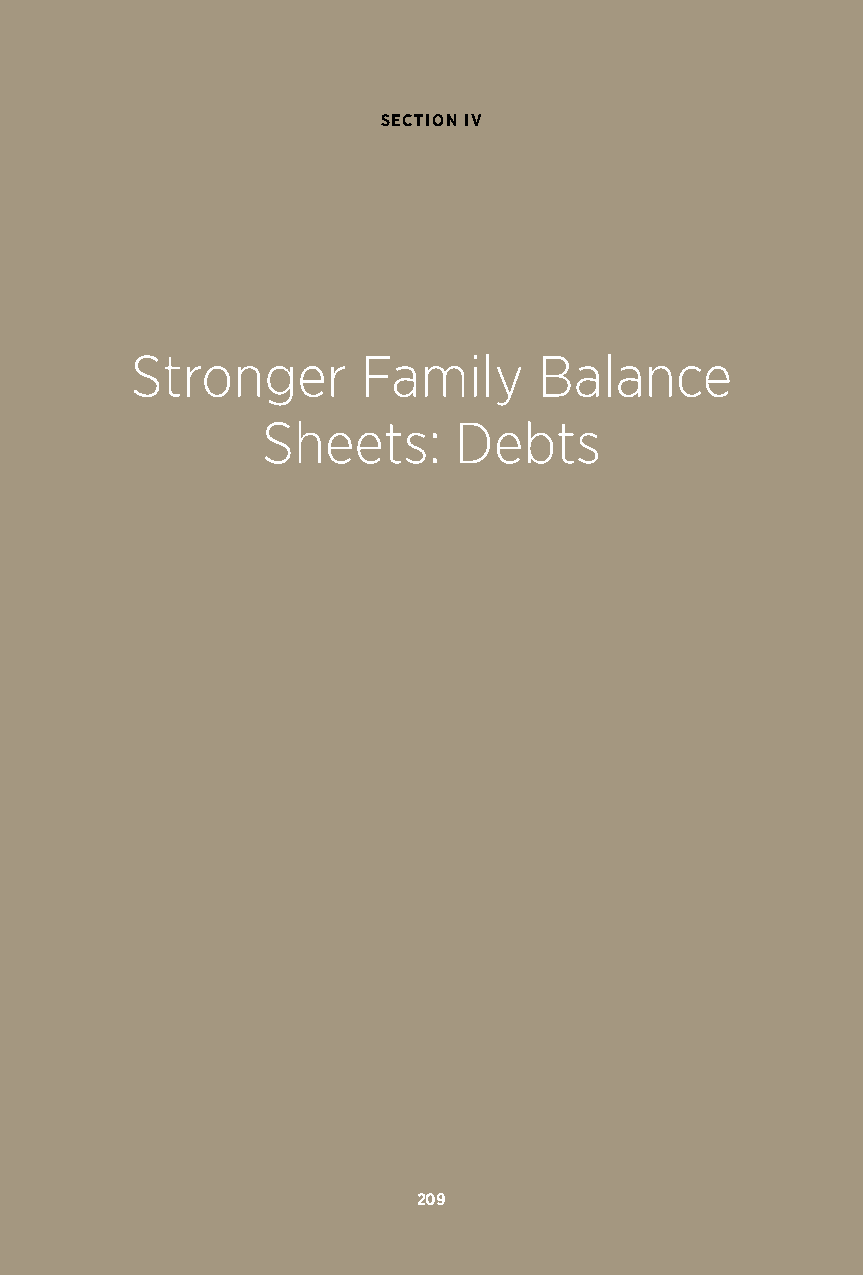
SECTION IV
 Stronger       Family      Balance
 Sheets:      Debts
 209